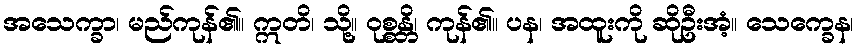
အသေက္ခာ၊ မည်ကုန်၏။ ဣတိ၊ သို့။ ဝုစ္စန္တိ၊ ကုန်၏။ ပန၊ အထူးကို ဆိုဦးအံ့။ သေက္ခေန၊